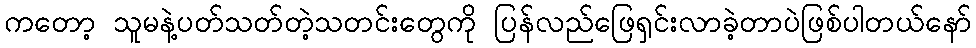
ကတော့ သူမနဲ့ပတ်သတ်တဲ့သတင်းတွေကို ပြန်လည်ဖြေရှင်းလာခဲ့တာပဲဖြစ်ပါတယ်နော်